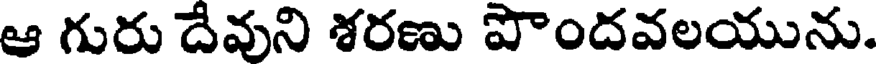
ఆ గురు దేవుని శరణు పొందవలయును.